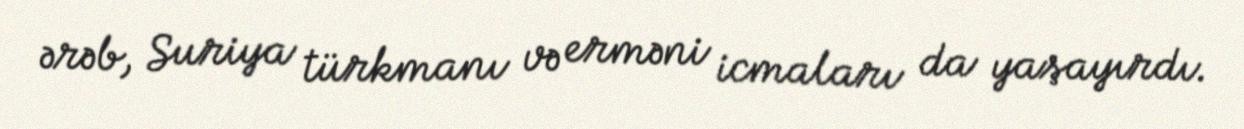
ərəb, Suriya türkmanı və erməni icmaları da yaşayırdı.